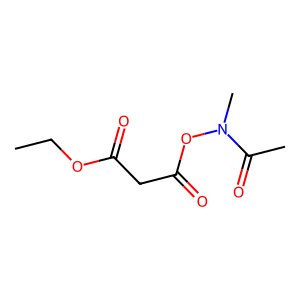
SMILES: CCOC(=O)CC(=O)ON(C)C(C)=O
Inhibits HIV replication: No